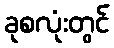
ခုစလုံးတွင်